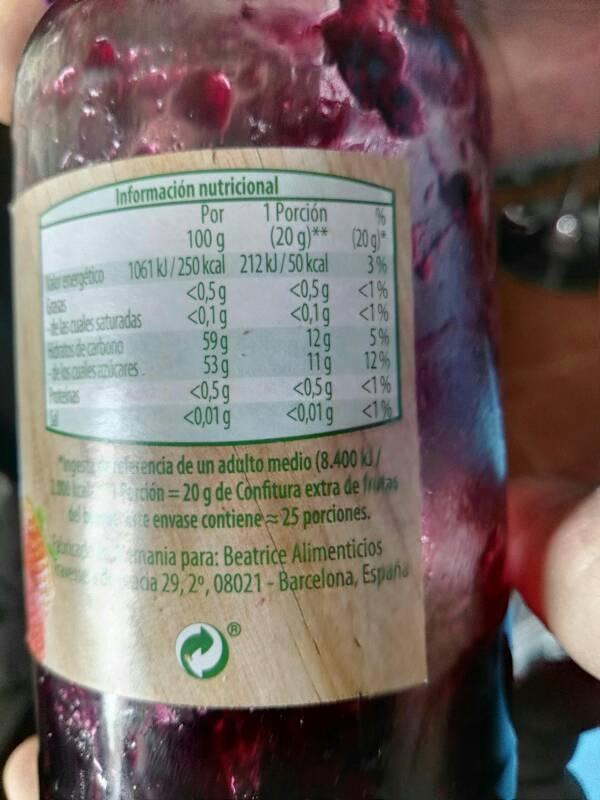
Información nutricional Por
1 Porción
100 g
(20 g)**
energetico 1061 kJ/250 kcal 212 kJ/50 kcal
las cuales saturadas
Hidats de carbono
descales azicares
<0,5 g
<0,1 g
59g
53 g
<0,5g
<0,01 g
%
(20g)*
3%
<0,5 g <1%
<0,1 g
<1%
12g
11g
<0,5 g
<0,01 g
5%
12%
<1%
<1%
ngest referencia de un adulto medio (8.400 kJ/
1
Loción 20 g de Confitura extra de frutas de envase contiene 25 porciones.
emania para: Beatrice Alimenticios dacia 29,2°, 08021 - Barcelona, España